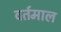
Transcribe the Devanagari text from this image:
वर्तमाल